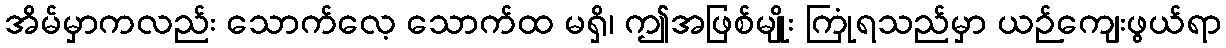
အိမ်မှာကလည်း သောက်လေ့ သောက်ထ မရှိ၊ ဤအဖြစ်မျိုး ကြုံရသည်မှာ ယဉ်ကျေးဖွယ်ရာ